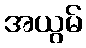
အယွမ်